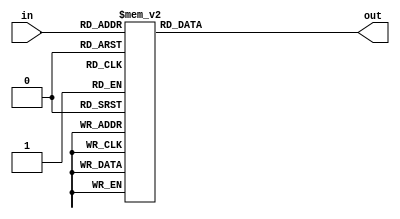
module color_dimmed (
    input wire [2:0] in,
    output reg [2:0] out 
    );
    always @* begin  
        case (in)  
            3'd0 : out = 3'd0;
            3'd1 : out = 3'd1;
            3'd2 : out = 3'd1;
            3'd3 : out = 3'd2;
            3'd4 : out = 3'd3;
            3'd5 : out = 3'd3;
            3'd6 : out = 3'd4;
            3'd7 : out = 3'd5;
            default: out = 3'd0;
        endcase
    end
endmodule